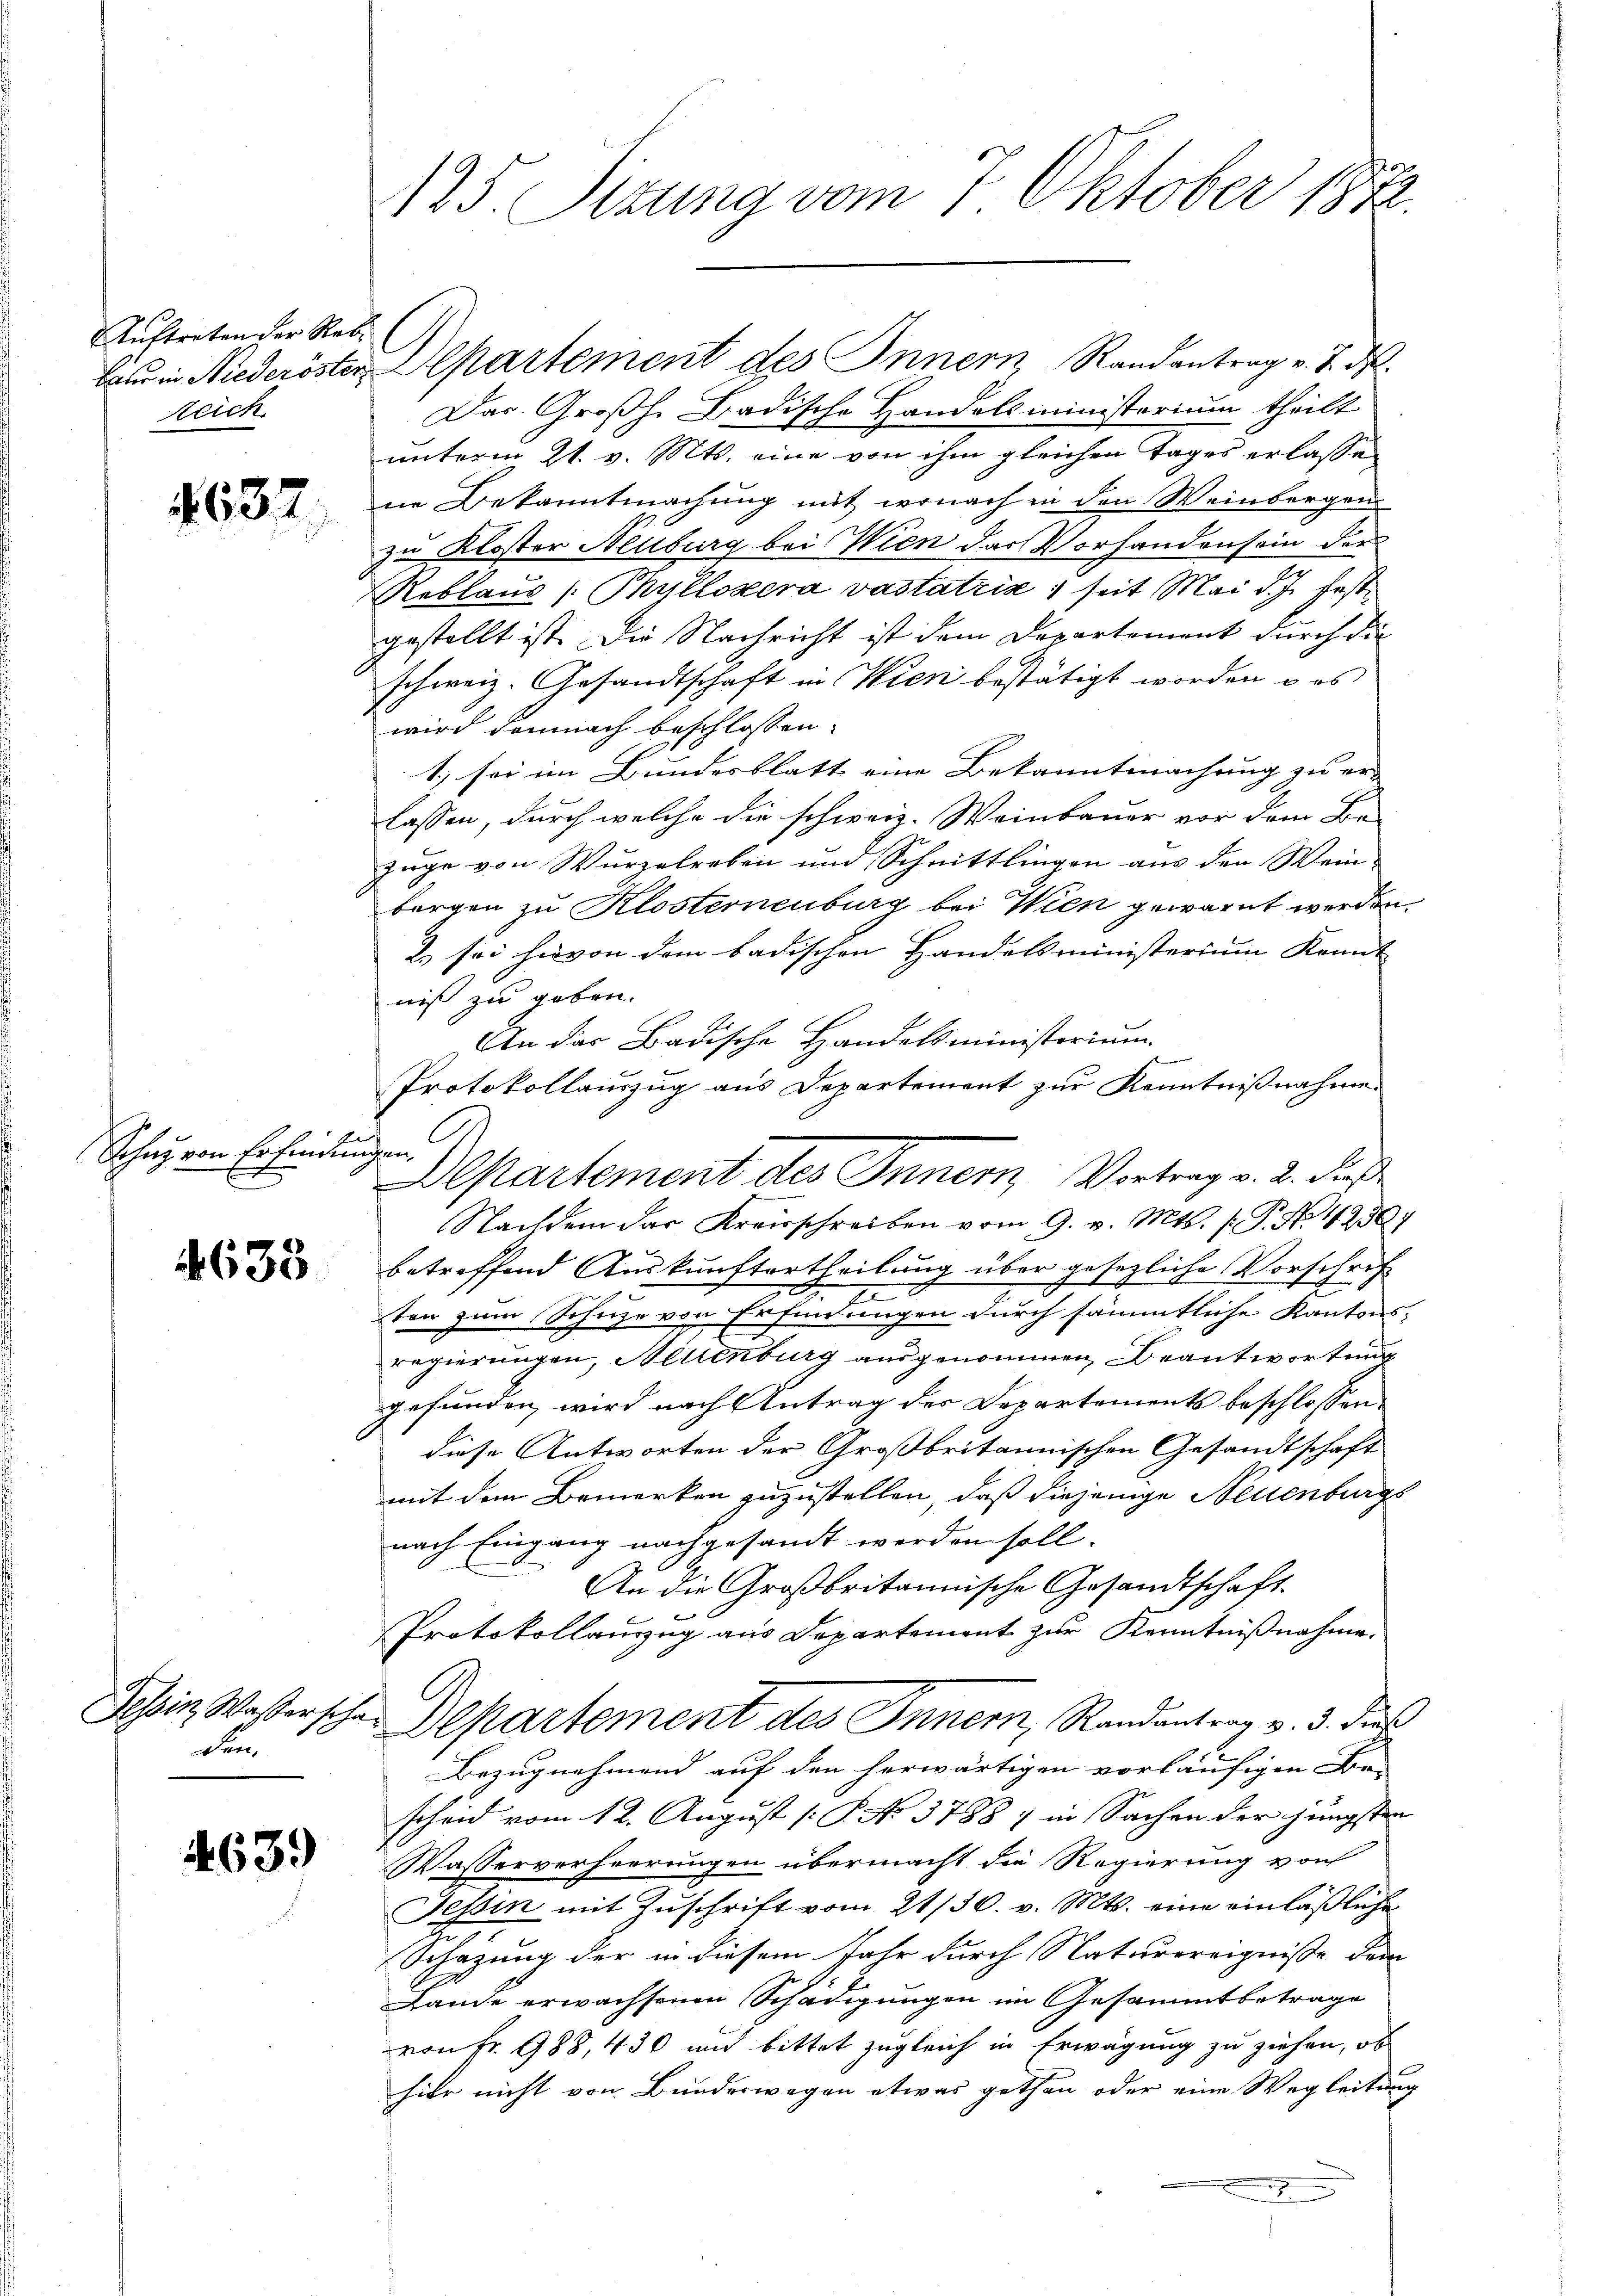
Auftreten der Rebzeich.

4637.

Schaz von Erfindungen.

4633

Tessin, Wasserscha
den.

63.)

125. Sitzung vom 1. Oktober 1872.

Das Großh. Badische Handelsministerium theilt
unterm 21. v. Mts. eine von ihm gleichen Tages erlasse
ne Bekanntmachung mit wonach in den Weinbergen
zu Kloster Neuburg bei Wien das Vorhanden sein der
Reblaus (Phyllozera vastatiis seit Mai d. J. festgestellt ist. Die Nachricht ist dem Departement durch die
schweiz. Gesandtschaft in Wien bestätigt worden u es
wird demnach beschlossen:
1 sei im Bundesblatt eine Bekanntmachung zu er-
lassen, durch welche die schweiz. Weinbauer vor dem Be-
Zuge von Wurzelreben und Schnittlingen aus den Wein-
borgen zu Klosternenburg bei Wien gewarnt werden.
2.) sei hievon dem badischen Handelsministerium Kennt
niß zu geben.
An das Badische Handelsministorium
Protokollauszug aus Departement zur Kenntnißnahme.
Nachdem das Kreisschreiben vom 9. v. Mts. f. P. Nr. 4250)
betreffend Auskunftertheilung über gesezliche Vorschrift
2.
2
ten zum Schuhe von Erfindungen durch sämmtliche Kantons-
regierungen, Hellenburg ausgenommen, Beantwortung
gefunden, wird nach Antrag des Departements beschlossen:
diese Antworten der Großbritannischen Gesandtschaft
mit dem Bemerken zuzustellen, daß diejenige Neuenburgs
nach Eingang nachgesandt werden soll.
An die Großbritannische Gesandtschaft.
Protokollanzug aus Departement zur Kenntnißnahme.
Departement des Innern, Randantrag v. 3. dies
Bezugnehmend auf den herwärtigen vorläufigen Bri
scheid vom 12. August [P. No 3788 : in Sachen der jüngsten
Wasserverheerungen übermacht die Regierung von
Tessin mit Zuschrift vom 21/30. v. Mts. eine einläßliche
Schazung der in diesem Jahr durch Naturereigniße dem
Lande erwachsenen Schädigungen im Gesammtbetrage
von Fr. 988, 430 und bittet zugleich in Erwägung zu ziehen, ob
hier nicht von Bunderwegen etwas gethan oder eine Wegleitung
n

bau in Niederöster Departement des Innern, Randantrag v. J. ds.

6.

Departement des Innern, Vortrag v. 2. dieß